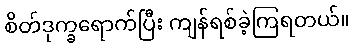
စိတ်ဒုက္ခရောက်ပြီး ကျန်ရစ်ခဲ့ကြရတယ်။